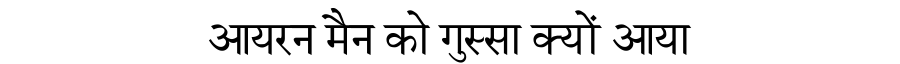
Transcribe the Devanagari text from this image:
आयरन मैन को गुस्सा क्यों आया